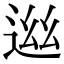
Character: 𨓁